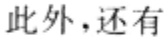
此外，还有